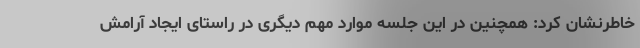
خاطرنشان کرد: همچنین در این جلسه موارد مهم دیگری در راستای ایجاد آرامش